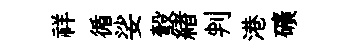
祥循娑彀緖判港礦